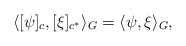
\begin{align*}\langle [\psi]_c , [\xi]_{c^*} \rangle_G= \langle \psi , \xi \rangle_G ,\end{align*}